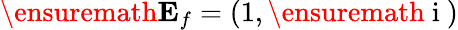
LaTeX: \ensuremath{\mathbf{E}_{f}}=(1,\ensuremath{\mathrm{~i~}})